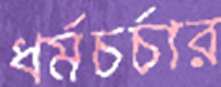
ধর্মচর্চার